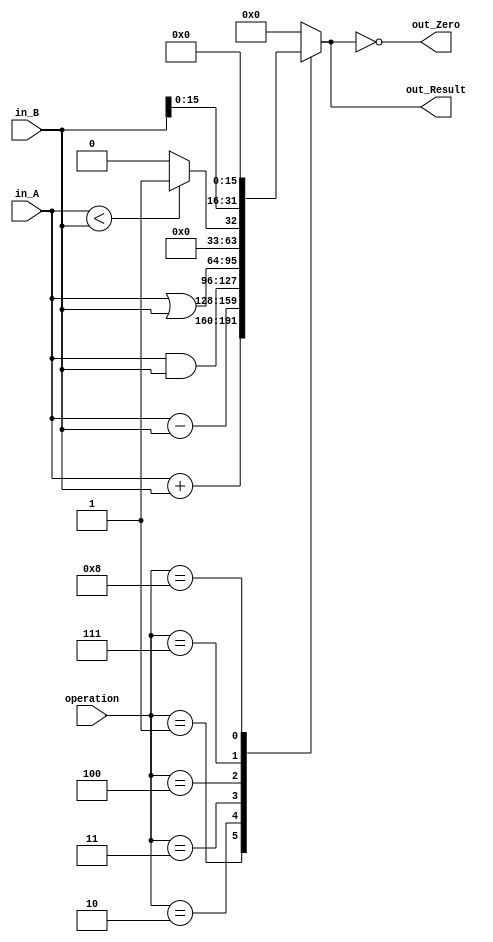
module ALU32(
	     input [3:0] operation,
	     input [31:0] in_A,
	     input [31:0] in_B,
	     output reg [31:0] out_Result,
	     output wire out_Zero
	     );


   assign out_Zero = (out_Result == 32'b0);
   
   
   always @(operation or in_A or in_B) begin 

      case (operation)
	4'b0001: //ADD ALUOP = 0001
	  begin
	     out_Result = in_A + in_B; 	
	  end

	4'b0010: //SUB ALUOP = 0010
	  begin
	     out_Result = in_A - in_B; 	
	  end

	4'b0011: //AND ALUOP = 0011
	  begin
	     out_Result = in_A & in_B; 	
	  end

	4'b0100: //OR ALUOP = 0100
	  begin
	     out_Result = in_A | in_B; 	
	  end

	4'b0111: //slt ALUOP = 0111
	  begin
	     if (in_A < in_B) 
	       out_Result = 32'b1;
	     else 
	       out_Result = 32'b0;	     
	  end
	
	4'b1000: //OR ALUOP = 0100
	  begin
	     out_Result = in_B << 16; 	
	  end

	default: 
	  begin 
	     out_Result = 32'b0;
	  end
      endcase

   end
endmodule